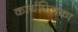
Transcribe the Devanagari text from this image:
कार्यपिलका